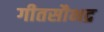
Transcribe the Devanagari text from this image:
गीतसौभद्र